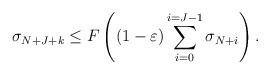
LaTeX: \begin{align*}\sigma_{N+J+k}\le F\left((1-\varepsilon) \sum_{i=0}^{i=J-1}\sigma_{N+i}\right).\end{align*}